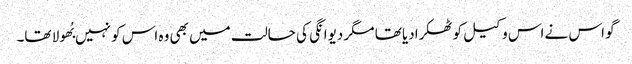
گو اس نے اس وکیل کو ٹھکرادیا تھا مگر دیوانگی کی حالت میں بھی وہ اس کو نہیں بُھولا تھا۔